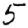
Digit: 5